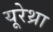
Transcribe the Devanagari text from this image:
यूरेथ्रा